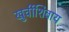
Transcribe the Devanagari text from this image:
खुर्चीशिवाय